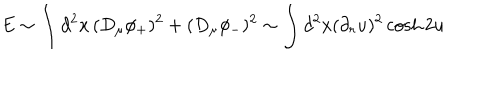
LaTeX: E \sim \int d ^ { 2 } x \, ( D _ { \mu } \phi _ { + } ) ^ { 2 } + ( D _ { \mu } \phi _ { - } ) ^ { 2 } \sim \int d ^ { 2 } x ( \partial _ { r } u ) ^ { 2 } \cosh 2 u